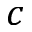
c